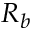
R _ { b }